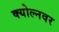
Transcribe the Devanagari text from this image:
क्योल्नवर